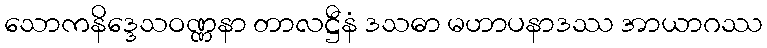
သောကနိဒ္ဒေသဝဏ္ဏနာ တာလဋ္ဌီနံ ဒသဓာ မဟာပနာဒဿ အာယာဂဿ